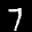
Label: 7